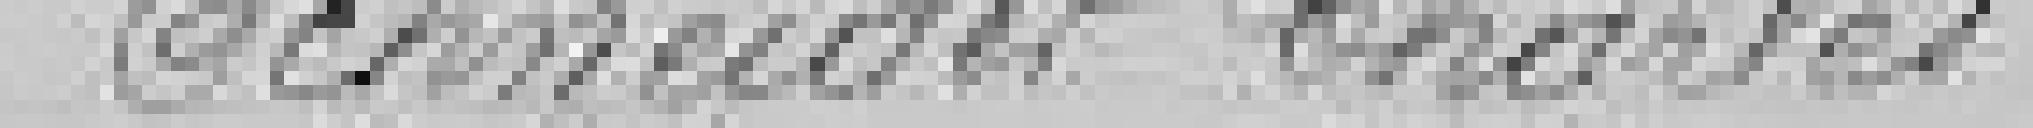
Schneider Charles